Scottish Leaving Certificate Examination, 1961
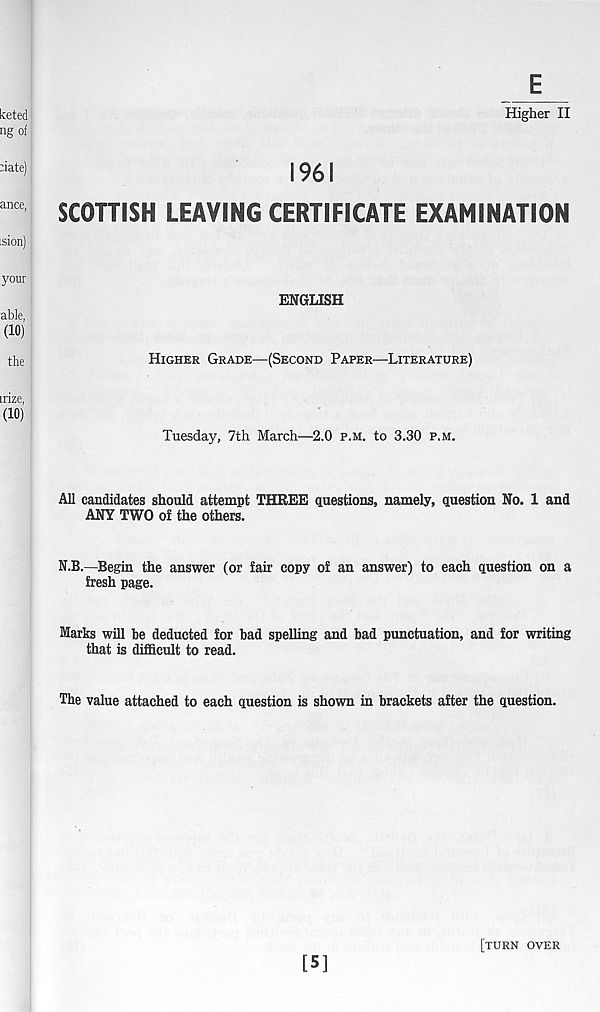
E
Higher II
1961
SCOTTISH LEAVING CERTIFICATE EXAMINATION
ENGLISH
HIGHER GRADE—(SECOND PAPER—LITERATURE)
Tuesday, 7th March—2.0 P.M. to 3.30 P.M.
All candidates should attempt THREE questions, namely, question No. 1 and
ANY TWO of the others.
N.B.—Begin the answer (or fair copy of an answer) to each question on a
fresh page.
Marks will be deducted for bad spelling and bad punctuation, and for writing
that is difficult to read.
The value attached to each question is shown in brackets after the question.
[5]
[TURN OVER